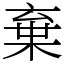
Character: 棄